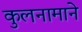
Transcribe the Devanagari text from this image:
कुलनामाने